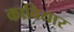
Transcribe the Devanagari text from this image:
कावियार